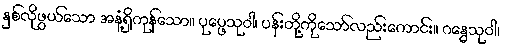
နှစ်လိုဖွယ်သော အနံ့ရှိကုန်သော။ ပုပ္ဖေသုဝါ၊ ပန်းတို့ကိုသော်လည်းကောင်း။ ဂန္ဓေသုဝါ၊